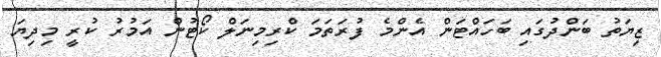
ޒިޔަތު ބަންދުގައި ބަހައްޓަން އެންމެ ފުރަތަމަ ކްރިމިނަލް ކޯޓުން އަމުރު ކުރީ މިދިޔަ